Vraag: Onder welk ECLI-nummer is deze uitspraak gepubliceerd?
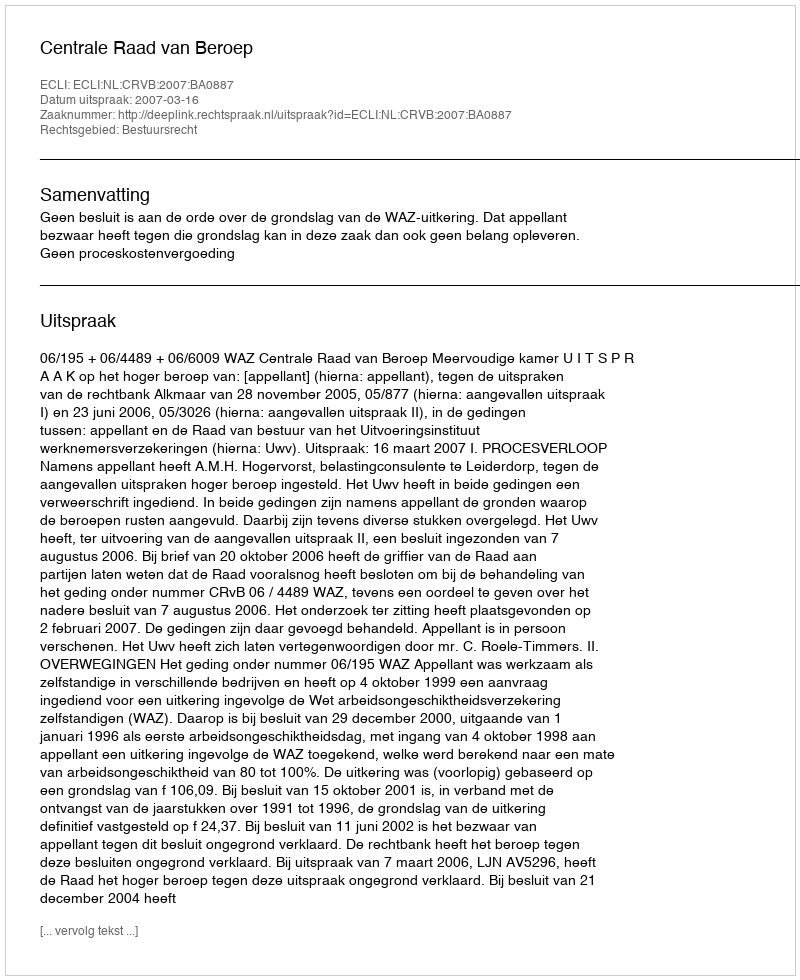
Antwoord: ECLI:NL:CRVB:2007:BA0887